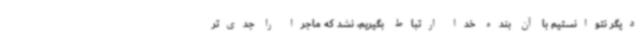
دیگر نتوانستیم با آن بنده خدا ارتباط بگیریم، نشد که ماجرا را جدی‌تر